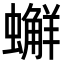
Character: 𧒻